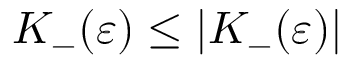
K _ { - } ( \varepsilon ) \le \vert K _ { - } ( \varepsilon ) \vert